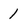
Character: 1